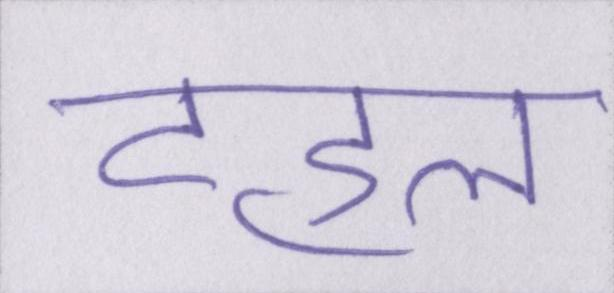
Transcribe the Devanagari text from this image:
टहल